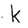
Character: k